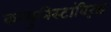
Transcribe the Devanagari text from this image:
कम्युनिस्टांविरूद्ध